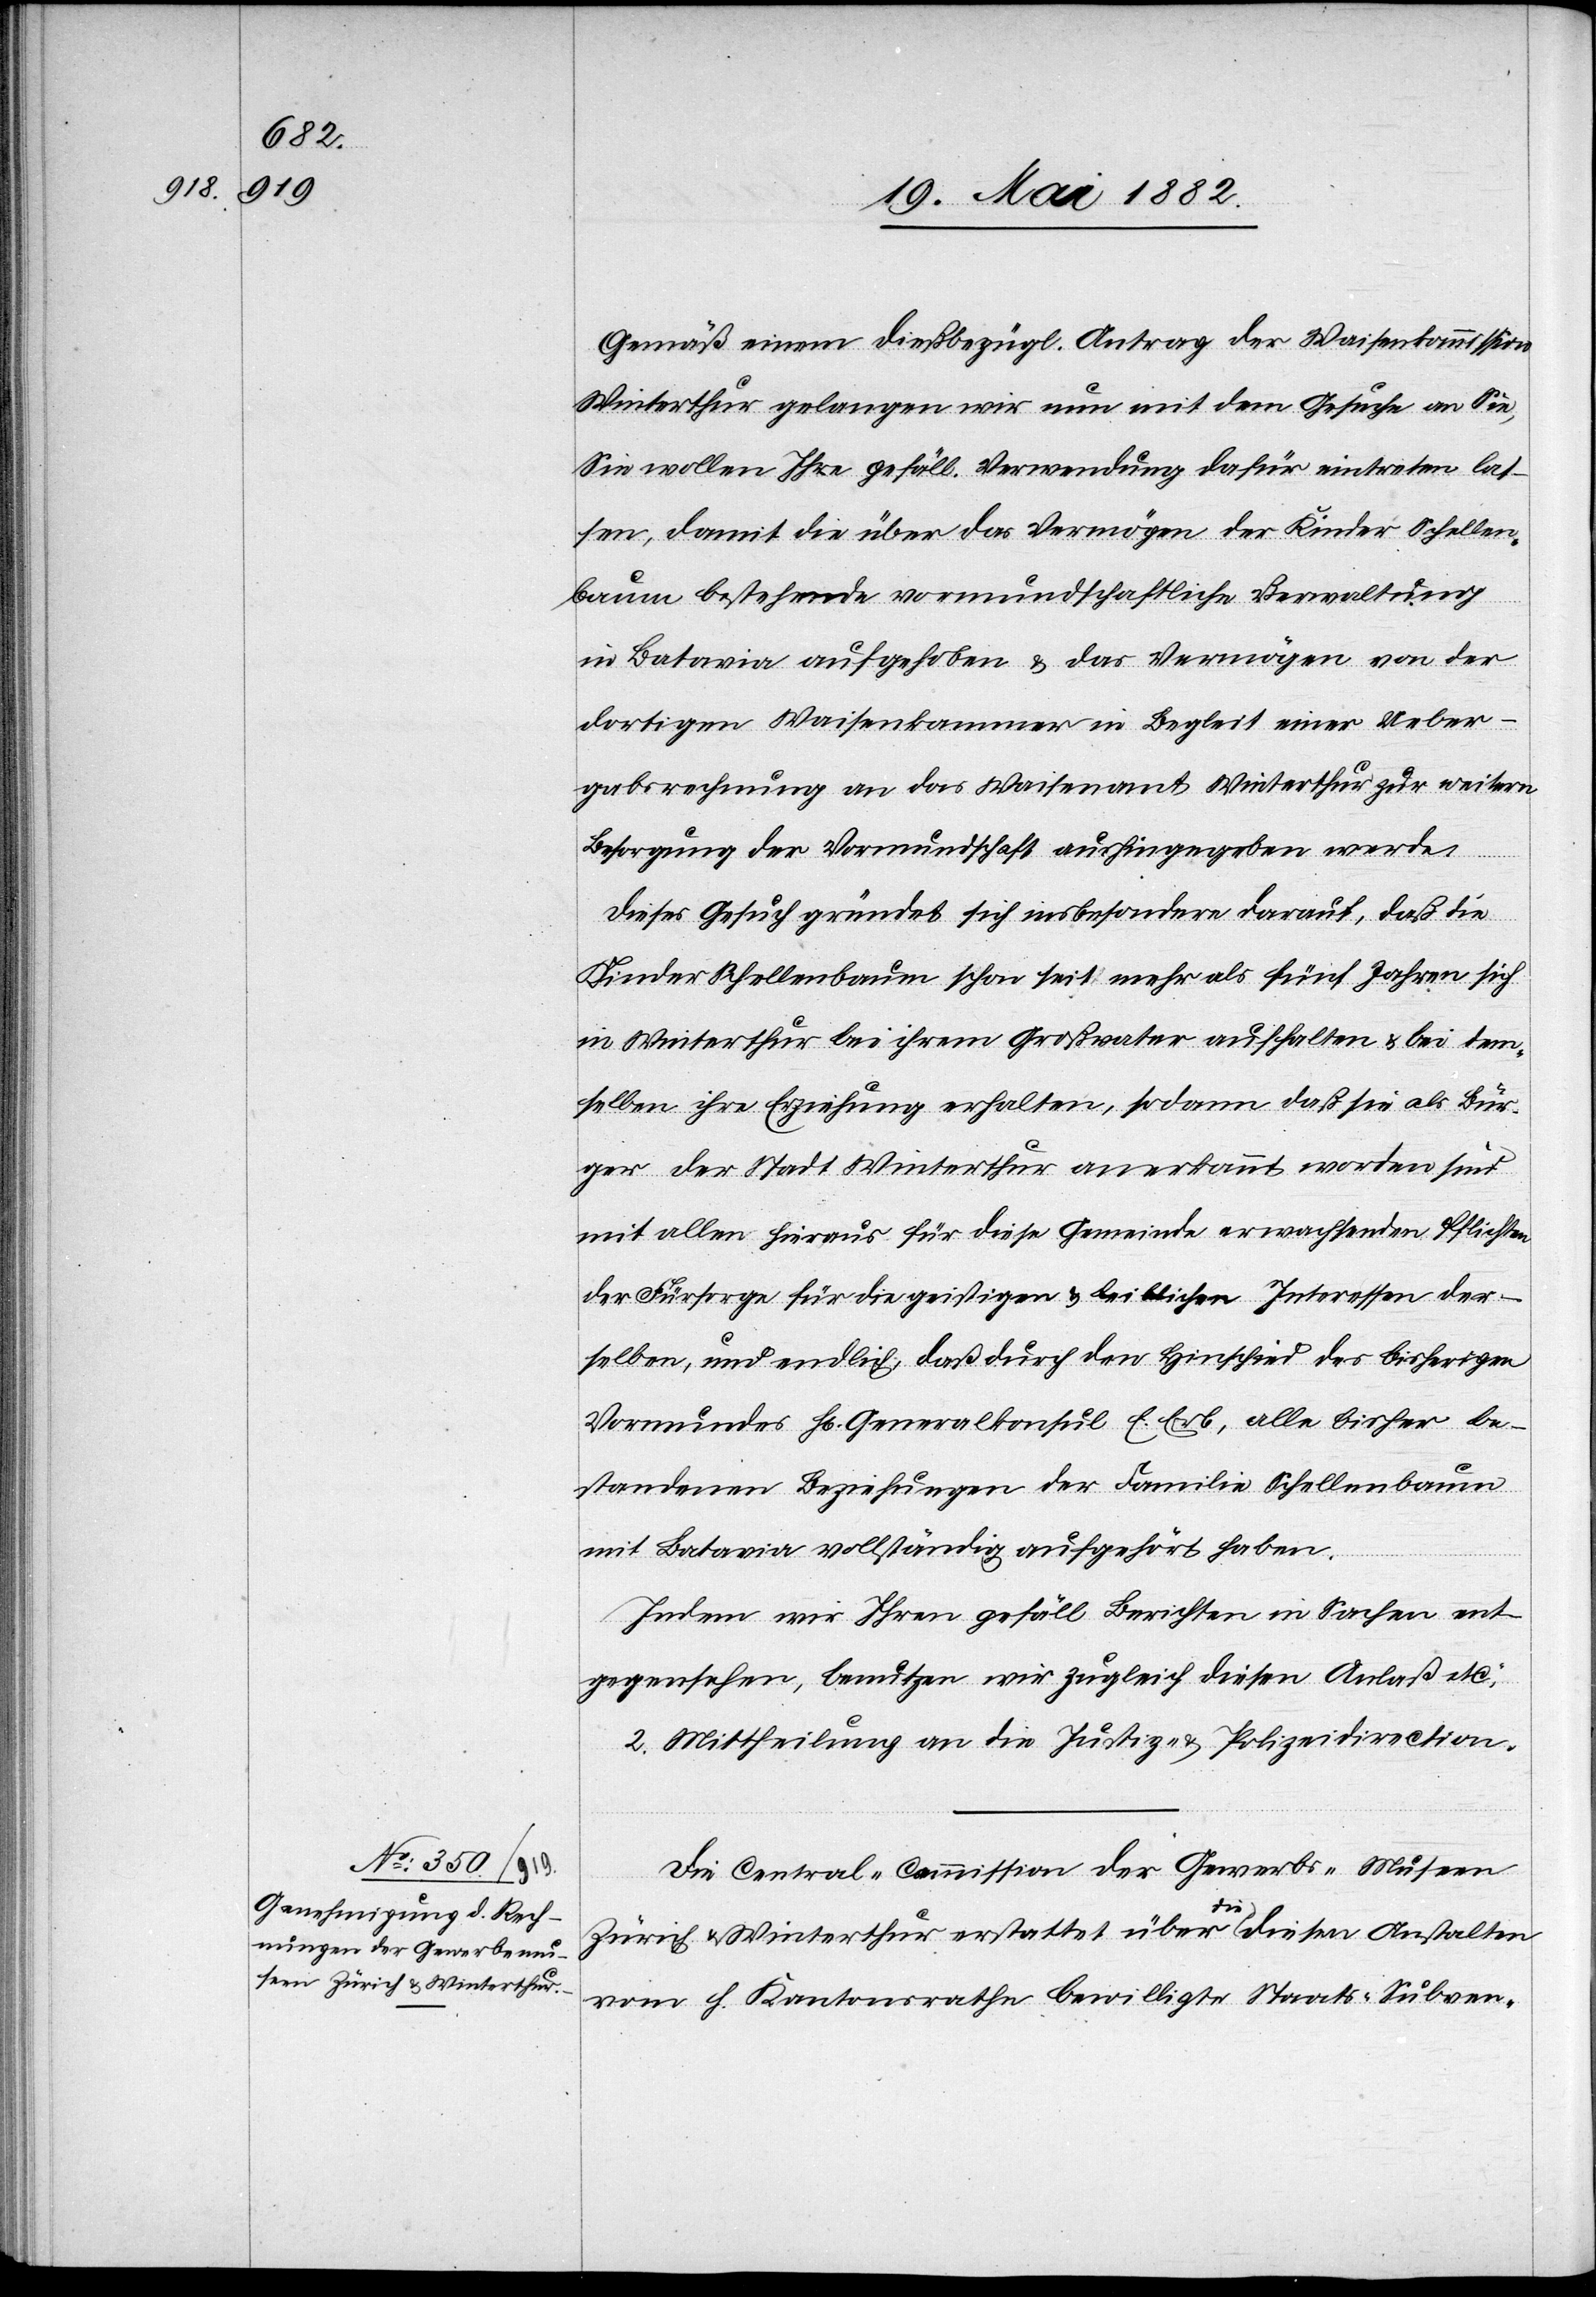
Gemäß einem dießbezügl. Antrag der Waisenkommission
Winterthur gelangen wir nun mit dem Gesuche an Sie,
Sie wollen Ihre gefäll. Verwendung dafür eintreten las¬
sen, damit die über das Vermögen der Kinder Schellen¬
baum bestehende vormundschaftliche Verwaltung
in Batavia aufgehoben & das Vermögen von der
dortigen Waisenkammer in Begleit einer Ueber¬
gabsrechnung an das Waisenamt Winterthur zur weitern
Besorgung der Vormundschaft aushingegeben werde.
Dieses Gesuch gründet sich insbesondere darauf, daß die
Kinder Schellenbaum schon seit mehr als fünf Jahren sich
in Winterthur bei ihrem Großvater aufhalten & bei dem¬
selben ihre Erziehung erhalten, sodann daß sie als Bür¬
ger der Stadt Winterthur anerkannt worden sind
mit allen hieraus für die Gemeinde erwachsenden Pflichten
der Fürsorge für die geistigen & leiblichen Interessen der¬
selben, und endlich daß durch den Hinschied des bisherigen
Vormundes H[rn]. Generalkonsul E. Erb, alle bisher be¬
standenen Beziehungen der Familie Schellenbaum
mit Batavia vollständig aufgehört haben.
Indem wir Ihren gefäll. Berichten in Sachen ent¬
gegensehen, benutzen wir zugleich diesen Anlaß etc.“
2. Mittheilung an die Justiz- & Polizeidirection.
Die Central-Commission der Gerwerbs-Museen
Zürich & Winterthur erstattet über die diesen Anstalten
vom h. Kantonsrathe bewilligte Staats-Subven-